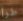
طرأ